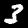
Label: 3